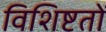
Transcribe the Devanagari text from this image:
विशिष्टतों